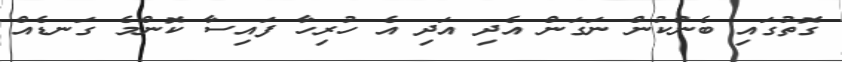
ގޮތުގައި ބެންކުން ނަގަން އެދި އަދި އެ ހުރިހާ ފައިސާ ކޮންމެ ގަނޑެއް